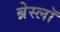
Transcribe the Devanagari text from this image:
ब्रेस्लॉ